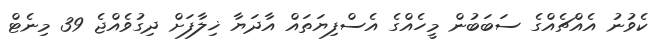
ކެވުނު އެއްޗެއްގެ ސަބަބުން މީހެއްގެ އެސްފިޔަތައް އާދަޔާ ޚިލާފަށް ދިގުވެއްޖެ 39 މިނެޓް